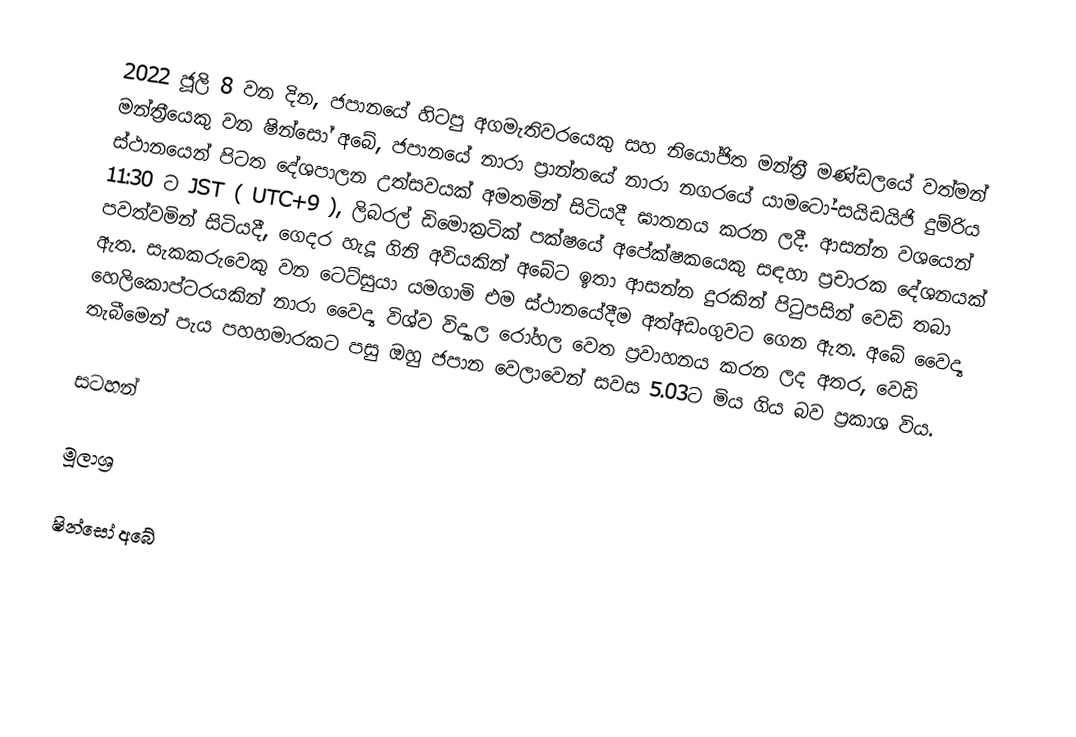
2022 ජූලි 8 වන දින, ජපානයේ හිටපු අගමැතිවරයෙකු සහ නියෝජිත මන්ත්‍රී මණ්ඩලයේ වත්මන් මන්ත්‍රීයෙකු වන ෂින්සෝ අබේ, ජපානයේ නාරා ප්‍රාන්තයේ නාරා නගරයේ යාමටෝ-සයිඩයිජි දුම්රිය ස්ථානයෙන් පිටත දේශපාලන උත්සවයක් අමතමින් සිටියදී ඝාතනය කරන ලදී.    ආසන්න වශයෙන් 11:30 ට JST ( UTC+9 ), ලිබරල් ඩිමොක්‍රටික් පක්ෂයේ අපේක්ෂකයෙකු සඳහා ප්‍රචාරක දේශනයක් පවත්වමින් සිටියදී, ගෙදර හැදූ ගිනි අවියකින් අබේට ඉතා ආසන්න දුරකින් පිටුපසින් වෙඩි තබා ඇත.  සැකකරුවෙකු වන ටෙට්සුයා යමගාමි එම ස්ථානයේදීම අත්අඩංගුවට ගෙන ඇත. අබේ වෛද්‍ය හෙලිකොප්ටරයකින් නාරා වෛද්‍ය විශ්ව විද්‍යාල රෝහල වෙත ප්‍රවාහනය කරන ලද අතර, වෙඩි තැබීමෙන් පැය පහහමාරකට පසු ඔහු ජපාන වෙලාවෙන් සවස 5.03ට මිය ගිය බව ප්‍රකාශ විය.

සටහන්

මූලාශ්‍ර

ෂින්සෝ අබේ